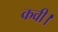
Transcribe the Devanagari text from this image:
कवी।